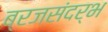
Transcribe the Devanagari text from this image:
ब्रजसंदर्भ